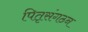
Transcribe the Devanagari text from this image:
पितृसंगठन